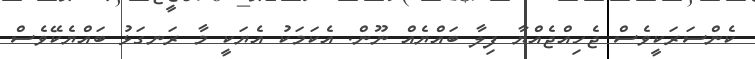
ކެންސަރަކީވެސް ޖެހިއްޖެއްޔާ ފިލާ ބައްޔެއް ނޫން. އެކަމަކު އެޔަކީ މާ ރަނގަޅު ބައްޔެކޭވެސް